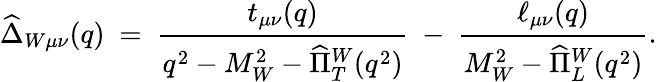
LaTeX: \widehat{\Delta}_{W\mu\nu}(q)\ =\ \frac{t_{\mu\nu}(q)}{q^{2}-M_{W}^{2}-\widehat{\Pi}_{T}^{W}(q^{2})}\ -\ \frac{\ell_{\mu\nu}(q)}{M_{W}^{2}-\widehat{\Pi}_{L}^{W}(q^{2})}.